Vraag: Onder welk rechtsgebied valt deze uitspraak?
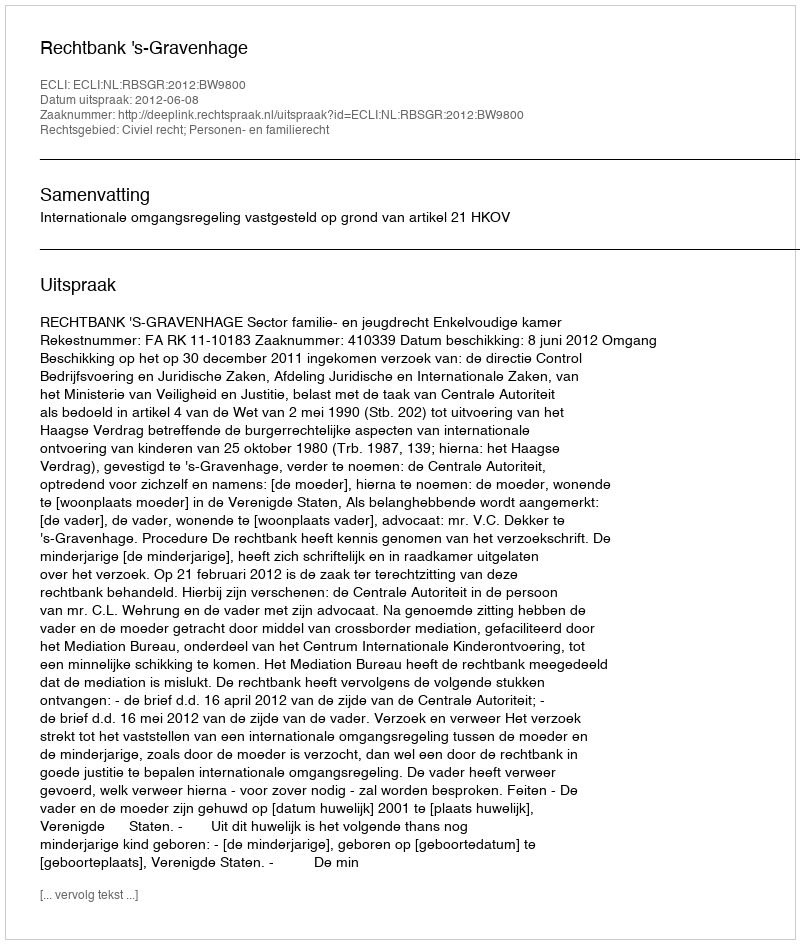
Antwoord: Civiel recht; Personen- en familierecht